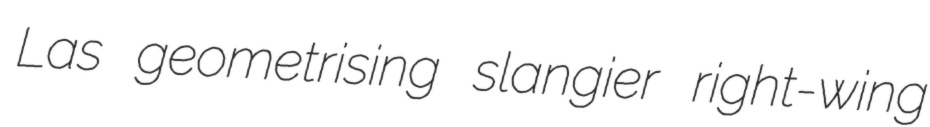
Las geometrising slangier right-wing